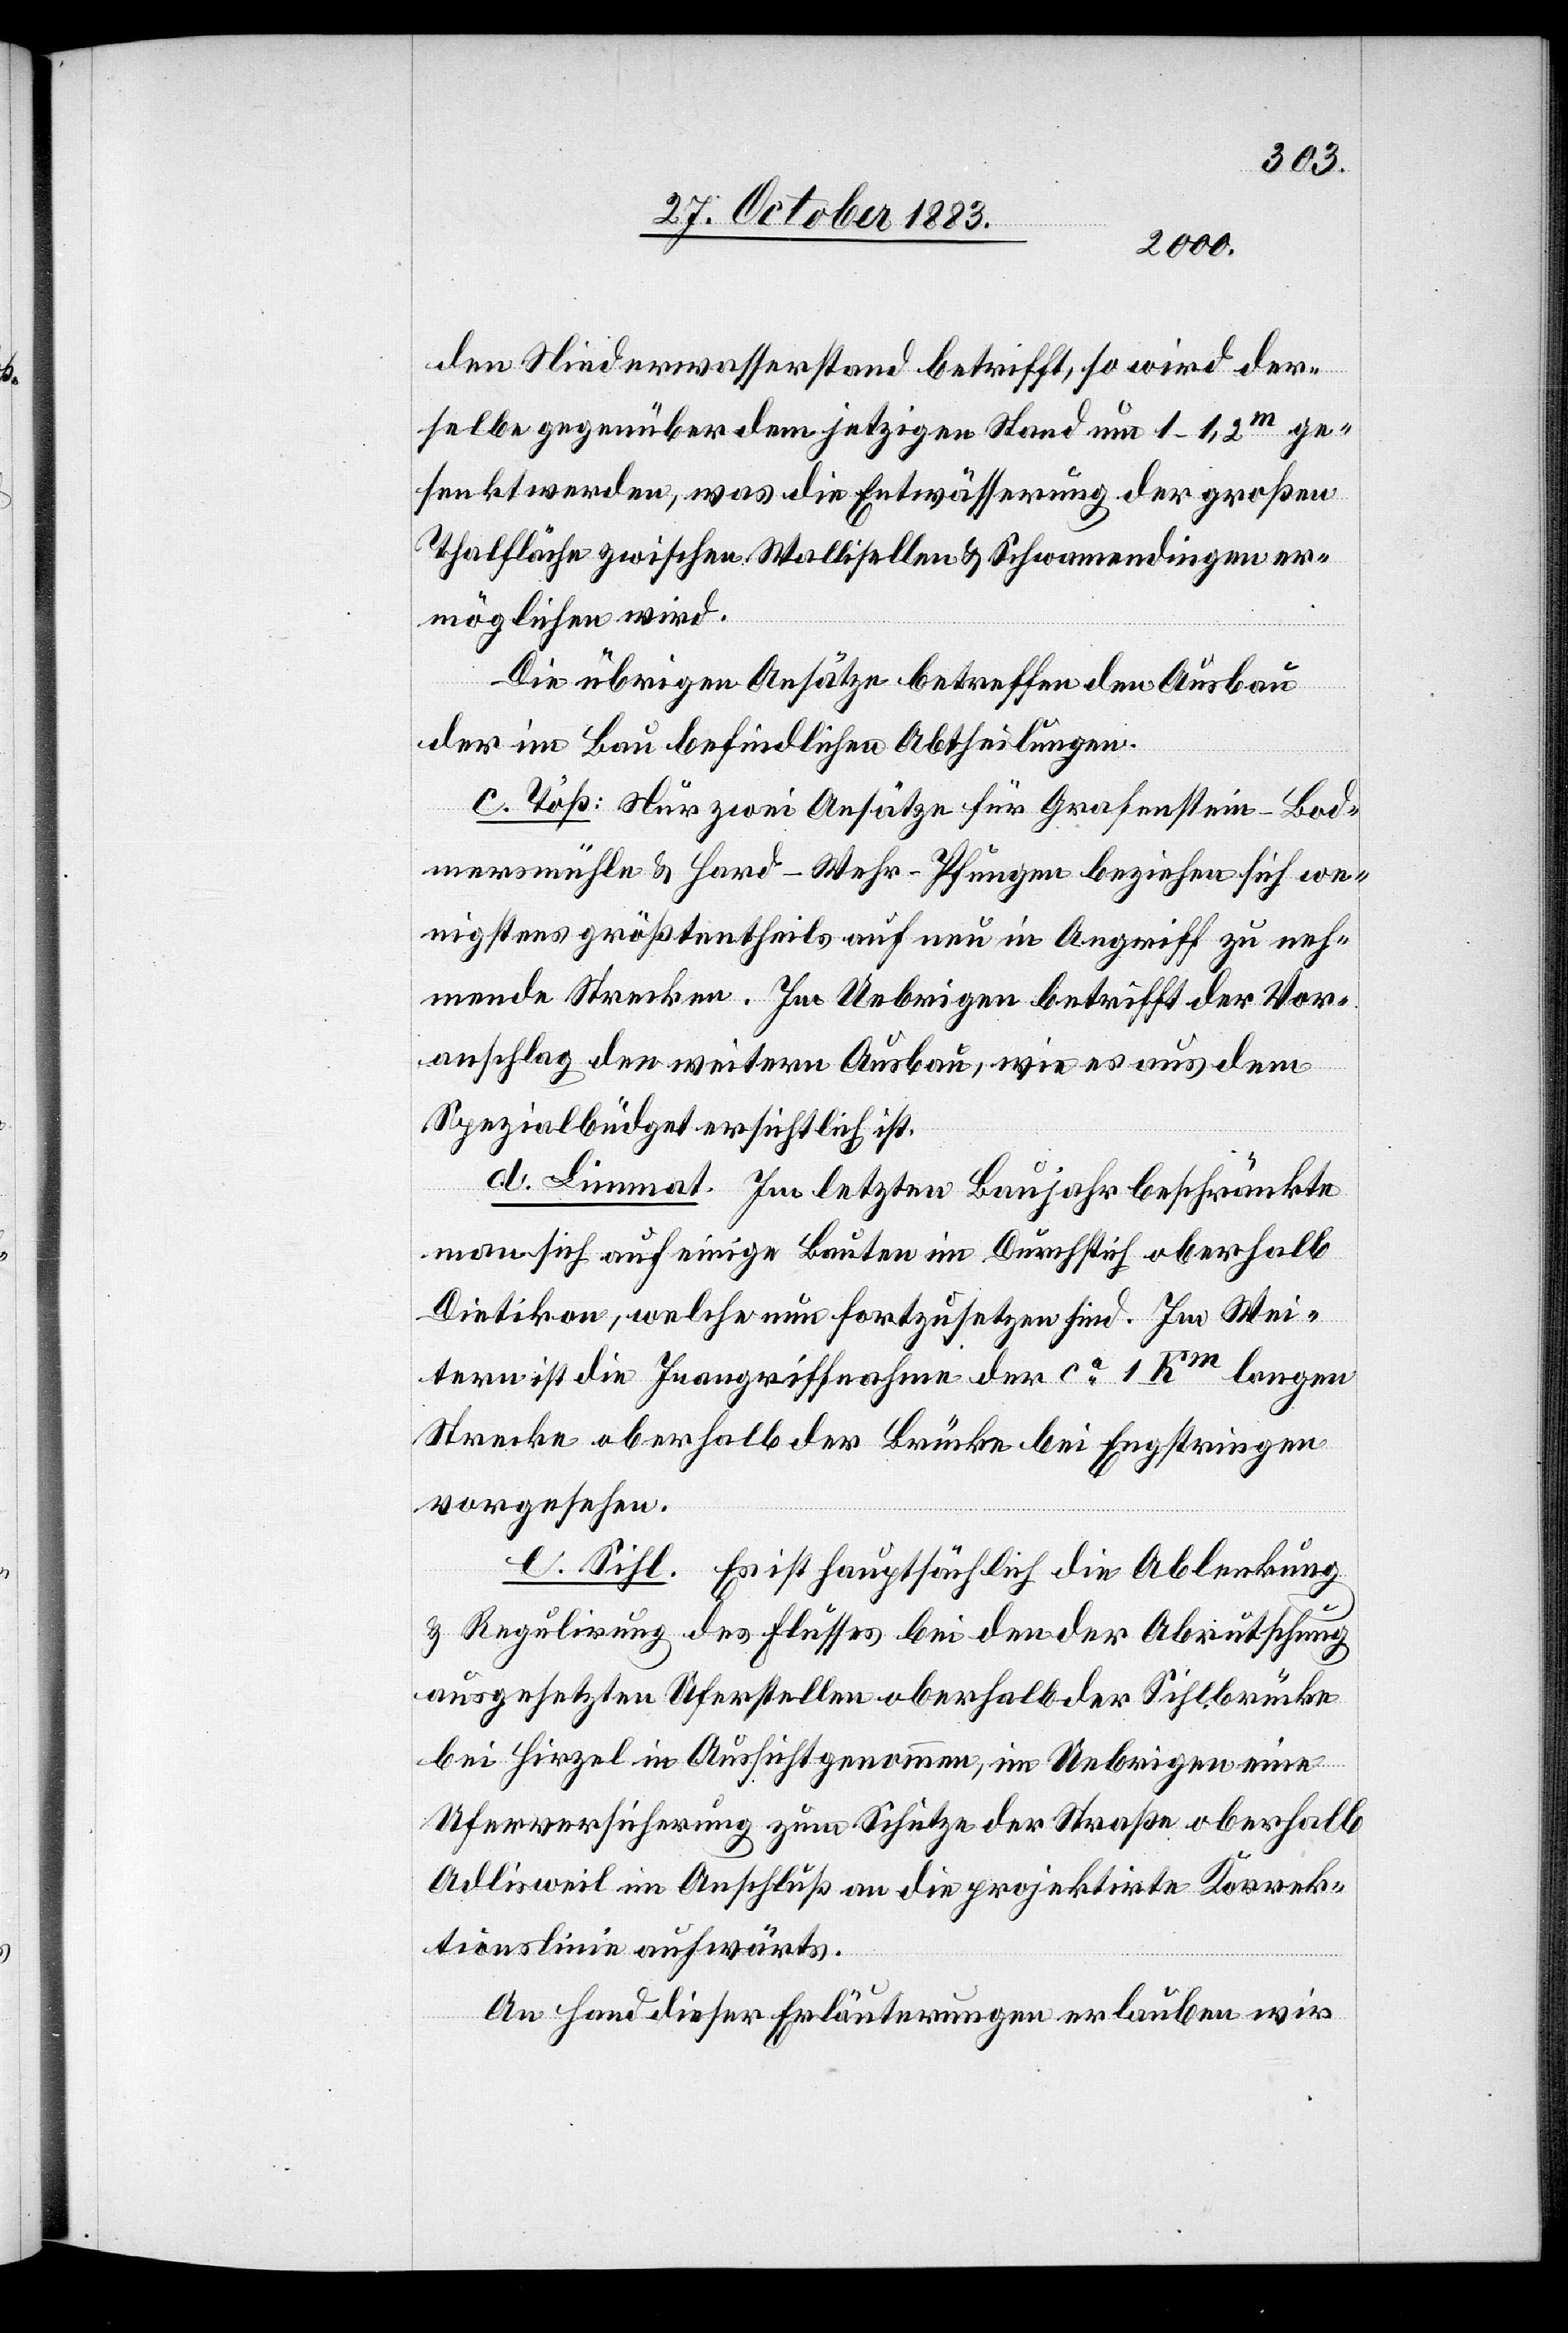
den Niederwasserstand betrifft, so wird der¬
selbe gegenüber dem jetzigen Stand um 1–1,2m ge¬
senkt werden, was die Entwässerung der großen
Thalfläche zwischen Wallisellen & Schwamendingen er¬
möglichen wird.
Die übrigen Ansätze betreffen den Ausbau
der im Bau befindlichen Abtheilungen.
c. Töß: Nur zwei Ansätze für Grafenstein - Bod¬
mersmühle & Hard-Wehr - Pfungen beziehen sich we¬
nigstens größtentheils auf neu in Angriff zu neh¬
mende Strecken. Im Uebrigen betrifft der Vor¬
anschlag den weitern Ausbau, wie es aus dem
Spezialbüdget ersichtlich ist.
d. Limmat: Im letzten Baujahr beschränkte
man sich auf einige Bauten im Durchstich oberhalb
Dietikon, welche nun fortzusetzen sind. Im Wei¬
tern ist die Inangriffnahme der ca 1 Km langen
Strecke oberhalb der Brücke bei Engstringen
vorgesehen.
e. Sihl. Es ist hauptsächlich die Ablenkung
& Regulirung des Flusses bei den der Abrutschung
ausgesetzten Uferstellen oberhalb der Sihlbrücke
bei Hirzel in Aussicht genommen, im Uebrigen eine
Uferversicherung zum Schutze der Straße oberhalb
Adlisweil in Aufschluß an die projektirte Korrek¬
tionslinie aufwärts.
An Hand dieser Erläuterungen erlauben wir